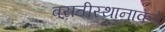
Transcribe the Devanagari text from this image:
वसतीस्थानाकडे